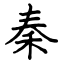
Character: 秦